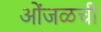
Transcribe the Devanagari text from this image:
ओंजळची